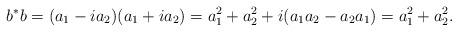
LaTeX: \begin{align*} b^*b=(a_1-i a_2)(a_1+i a_2)=a_1^2+a_2^2 +i(a_1a_2-a_2a_1) =a_1^2+a_2^2.\end{align*}